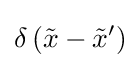
\delta \left({\tilde {x}}-{\tilde {x}}'\right)